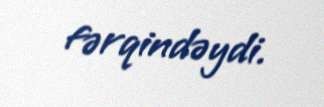
fərqindəydi.